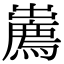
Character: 𢋱